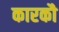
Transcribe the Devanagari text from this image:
कारकौ